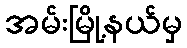
အမ်းမြို့နယ်မှ